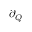
\partial _ { Q }